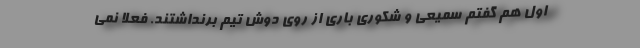
اول هم گفتم سمیعی و شکوری باری از روی دوش تیم برنداشتند. فعلا نمی